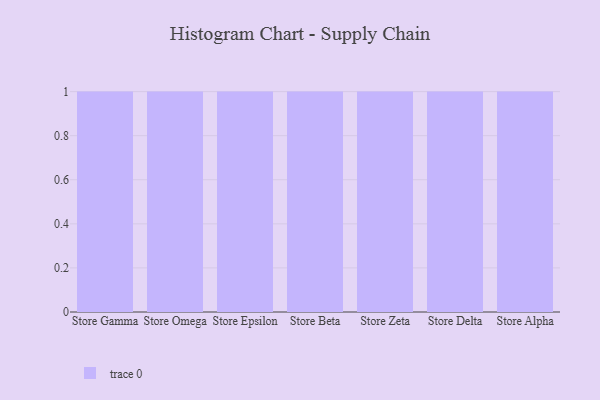
{"axis": {"x": "Store", "y": "Satisfaction Score"}, "legend": [""], "data": [{"x": "Store Gamma", "y": 91, "type": ""}, {"x": "Store Omega", "y": 75, "type": ""}, {"x": "Store Epsilon", "y": 19, "type": ""}, {"x": "Store Beta", "y": 100, "type": ""}, {"x": "Store Zeta", "y": 43, "type": ""}, {"x": "Store Delta", "y": 87, "type": ""}, {"x": "Store Alpha", "y": 69, "type": ""}]}